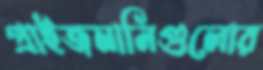
প্রাইজমানিগুলোর